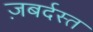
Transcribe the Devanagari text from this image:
ज़बर्दस्‍त